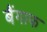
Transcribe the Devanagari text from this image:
बैंगाफ